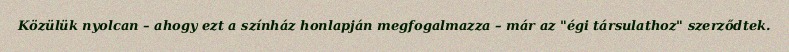
Közülük nyolcan – ahogy ezt a színház honlapján megfogalmazza – már az "égi társulathoz" szerződtek.